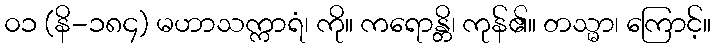
၀၁ (နိ-၁၈၄) မဟာသက္ကာရံ၊ ကို။ ကရောန္တိ၊ ကုန်၏။ တသ္မာ၊ ကြောင့်။